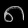
Digit: ၈